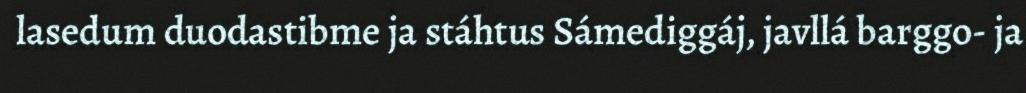
lasedum duodastibme ja stáhtus Sámediggáj, javllá barggo- ja